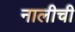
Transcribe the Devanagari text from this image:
नालीची